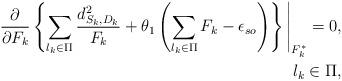
LaTeX: \begin{align*}\begin{aligned}\frac{\partial}{\partial {F_k}}\left\{ \sum_{l_k \in \Pi} {\frac {d_{S_k, D_k}^2 }{F_k}} + \theta_1 \left( \sum_{l_k \in \Pi} F_k- \epsilon_{so} \right) \right\} \Bigg{|}_{F_k^*}=0, \\l_k \in \Pi,\end{aligned}\end{align*}